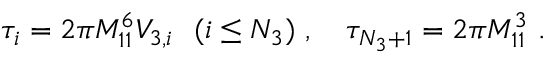
\tau _ { i } = { 2 \pi M _ { 1 1 } ^ { 6 } V _ { 3 , i } } \ \ ( i \leq N _ { 3 } ) \ , \quad \tau _ { N _ { 3 } + 1 } = { 2 \pi M _ { 1 1 } ^ { 3 } } \ .